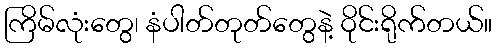
ကြိမ်လုံးတွေ၊ နံပါတ်တုတ်တွေနဲ့ ဝိုင်းရိုက်တယ်။